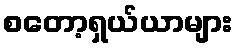
စတော့ရှယ်ယာများ